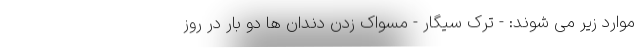
موارد زیر می شوند: - ترک سیگار - مسواک زدن دندان ها دو بار در روز